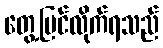
တွေ့မြင်လိုက်ရသည်